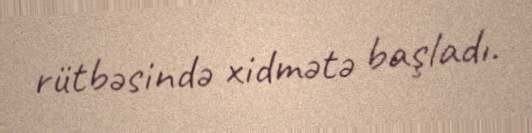
rütbəsində xidmətə başladı.